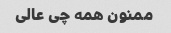
ممنون همه چی عالی